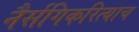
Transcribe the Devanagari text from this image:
नैर्सगिकरित्याच